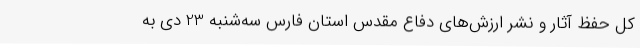
کل حفظ آثار و نشر ارزش‌های دفاع مقدس استان فارس سه‌شنبه 23 دی به